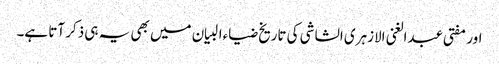
اور مفتی عبدالغنی الازہری الشاشی کی تاریخ ضیاءالبیان میں بھی یہ ہی ذکر آتا ہے۔